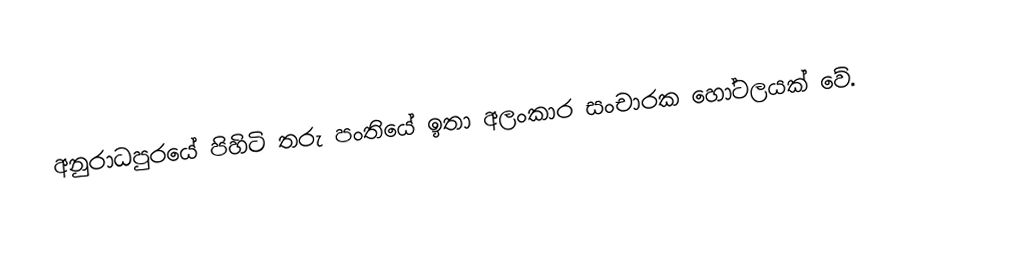
අනුරාධපුරයේ පිහිටි තරු පංතියේ ඉතා අලංකාර සංචාරක හෝටලයක් වේ.